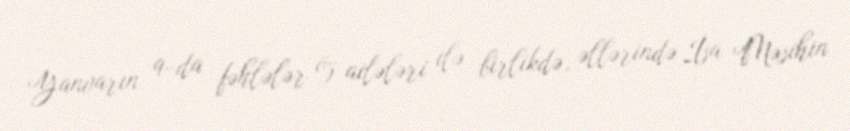
Yanvarın 9-da fəhlələr öz ailələri ilə birlikdə, əllərində İsa Məsihin